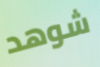
شوهد